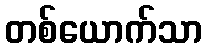
တစ်ယောက်သာ